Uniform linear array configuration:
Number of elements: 8
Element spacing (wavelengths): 0.25
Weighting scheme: hann
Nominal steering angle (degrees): -60
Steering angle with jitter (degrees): -61.618
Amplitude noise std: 0.05
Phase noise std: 0.05

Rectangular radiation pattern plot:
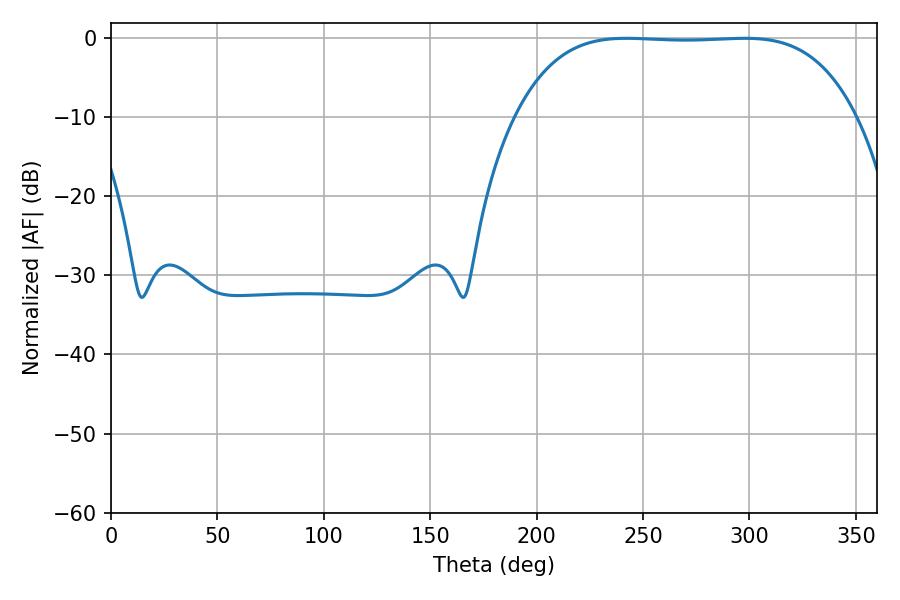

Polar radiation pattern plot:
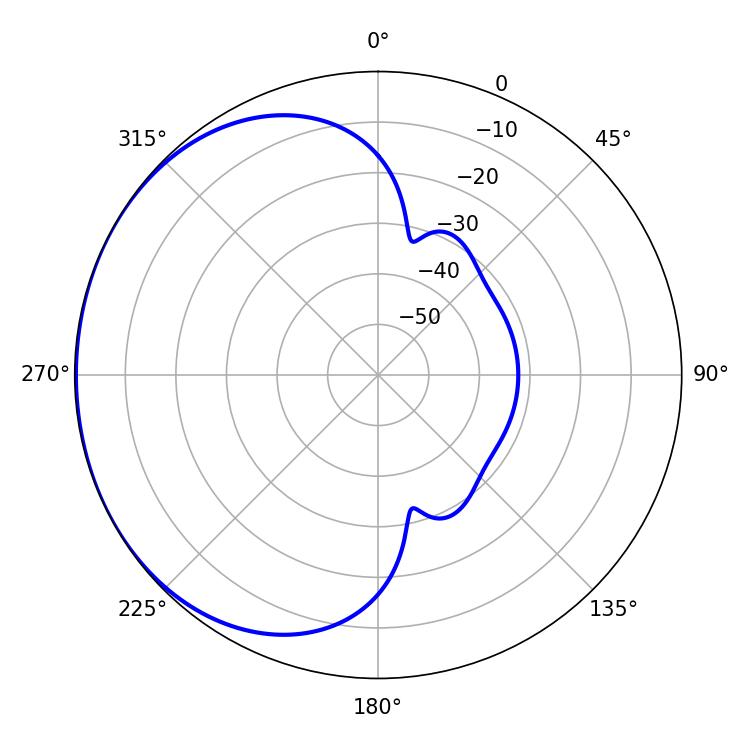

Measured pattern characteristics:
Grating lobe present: FALSE
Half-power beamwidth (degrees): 123.48
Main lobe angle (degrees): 242.28